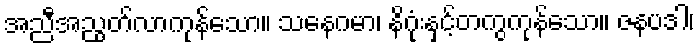
အညီအညွတ်လာကုန်သော။ သနေဂမာ၊ နိဂုံးနှင့်တကွကုန်သော။ ဇနပဒါ၊